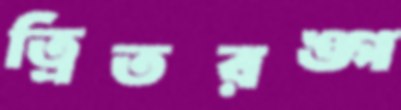
ত্রিতরঙ্গ